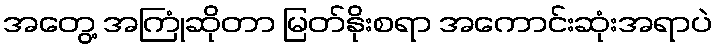
အတွေ့ အကြုံဆိုတာ မြတ်နိုးစရာ အကောင်းဆုံးအရာပဲ